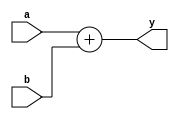
`timescale 1ns / 1ps
//////////////////////////////////////////////////////////////////////////////////
// Company: 
// Engineer: 
// 
// Design Name: 
// Module Name: adder
// Project Name: 
// Target Devices: 
// Tool Versions: 
// Description: 
// 
// Dependencies: 
// 
// Revision:
// Revision 0.01 - File Created
// Additional Comments:
// 
//////////////////////////////////////////////////////////////////////////////////


module adder#(parameter WITHD=32)(input [WITHD-1:0]a,b,output [WITHD-1:0]y);

assign y=a+b;

endmodule